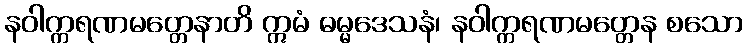
နဝါက္ကရဏမတ္တေနာတိ ဣမံ ဓမ္မဒေသနံ၊ နဝါက္ကရဏမတ္တေန စသော